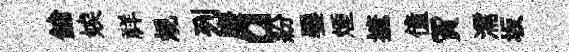
鎗娭祥規列廢a紛饜煙摭僮賈濡坂